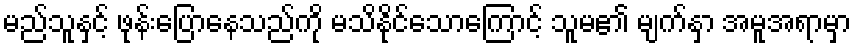
မည်သူနှင့် ဖုန်းပြောနေသည်ကို မသိနိုင်သောကြောင့် သူမ၏ မျက်နှာ အမူအရာမှာ